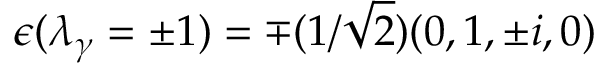
\epsilon ( \lambda _ { \gamma } = \pm 1 ) = \mp ( 1 / \sqrt { 2 } ) ( 0 , 1 , \pm i , 0 )